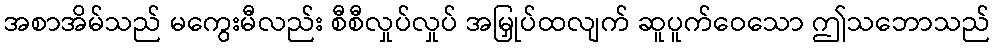
အစာအိမ်သည် မကွေးမီလည်း စီစီလှုပ်လှုပ် အမြှုပ်ထလျက် ဆူပူက်ဝေသော ဤသဘောသည်